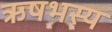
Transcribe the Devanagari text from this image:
ऋषभस्य